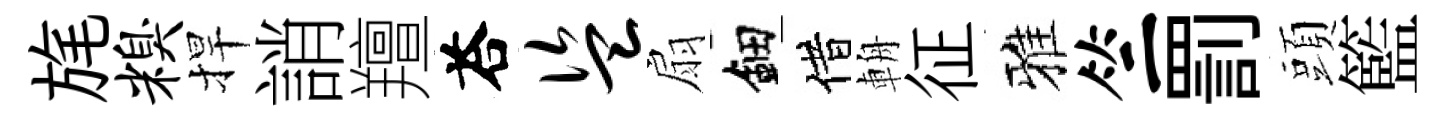
旄糗捍誚羶荅盗扇鈿借輈征雅竺罰頭籃